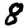
Digit: 8